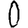
Digit: 0